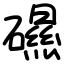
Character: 礘